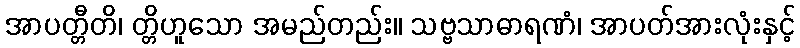
အာပတ္တီတိ၊ တ္တိဟူသော အမည်တည်း။ သဗ္ဗသာဓာရဏံ၊ အာပတ်အားလုံးနှင့်